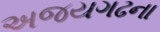
અજયગઢના